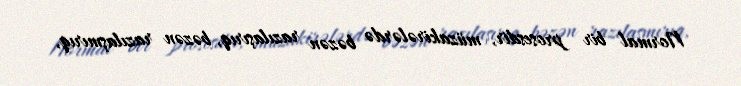
Normal bir prosesdir, müzakirələrdə bəzən razılaşırıq, bəzən razılaşmırıq,